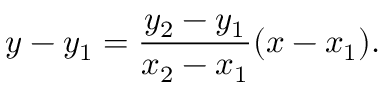
y - y _ { 1 } = { \frac { y _ { 2 } - y _ { 1 } } { x _ { 2 } - x _ { 1 } } } ( x - x _ { 1 } ) .